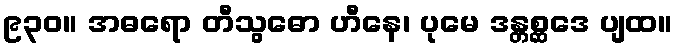
၉၃၀။ အဓရော တီသွဓော ဟီနေ၊ ပုမေ ဒန္တစ္ဆဒေ ပျထ။